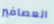
العصافير